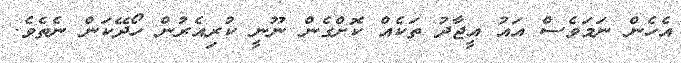
އެހެން ނަމަވެސް އައު އީޖާދު ތަކެއް ކޮށްގެން ނޫނީ ކުރިއެރުން ހޯދޭކަން ނެތެވެ.